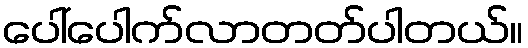
ပေါ်ပေါက်လာတတ်ပါတယ်။